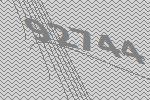
92744